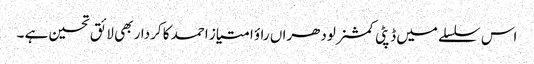
اس سلسلے میں ڈپٹی کمشنر لودھراں راؤ امتیاز احمد کا کردار بھی لائق تحسین ہے ۔